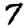
Digit: 7